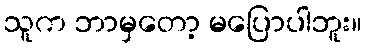
သူက ဘာမှတော့ မပြောပါဘူး။